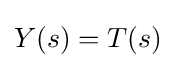
Y(s)=T(s)